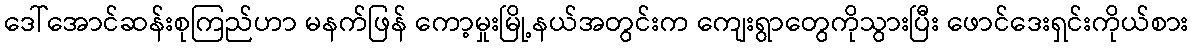
ဒေါ်အောင်ဆန်းစုကြည်ဟာ မနက်ဖြန် ကော့မှုးမြို့နယ်အတွင်းက ကျေးရွာတွေကိုသွားပြီး ဖောင်ဒေးရှင်းကိုယ်စား